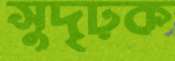
সুদৃঢ়ক